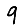
Digit: 9